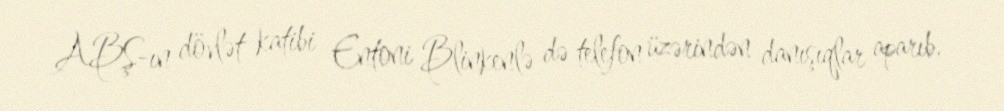
ABŞ-ın dövlət katibi Entoni Blinkenlə də telefon üzərindən danışıqlar aparıb.